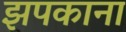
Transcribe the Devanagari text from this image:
झपकाना